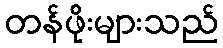
တန်ဖိုးများသည်